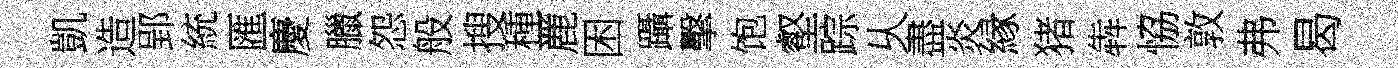
凱造郢統匯慶臘怨般搜種䴡困躡擊饱壑踪乆盡炎縁猪犇恊敦弗曷